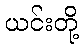
ယင်းတို့